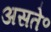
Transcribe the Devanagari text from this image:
असते॰